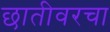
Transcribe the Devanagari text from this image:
छातीवरचा